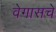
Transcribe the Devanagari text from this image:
वेगासचे